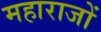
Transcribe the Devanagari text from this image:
महाराजों